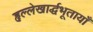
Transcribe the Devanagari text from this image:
हृल्लेखार्द्धभूतायाँ